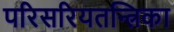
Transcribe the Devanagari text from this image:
परिसरियतन्त्रिका